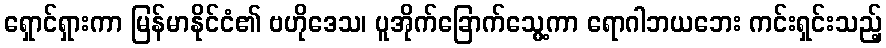
ရှောင်ရှားကာ မြန်မာနိုင်ငံ၏ ဗဟိုဒေသ၊ ပူအိုက်ခြောက်သွေ့ကာ ရောဂါဘယဘေး ကင်းရှင်းသည့်